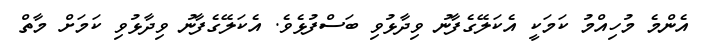
އެންމެ މުހިއްމު ކަމަކީ އެކަލޭގެފާނު ވިދާޅުވި ބަސްފުޅެވެ. އެކަލޭގެފާނު ވިދާޅުވި ކަމަށް މާތް